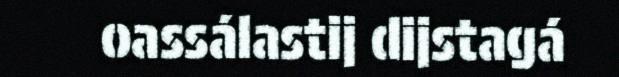
oassálastij dijstagá